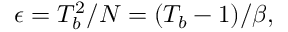
\begin{array} { r } { \epsilon = T _ { b } ^ { 2 } / N = ( T _ { b } - 1 ) / \beta , } \end{array}